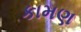
કામણ